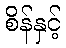
စိန်နှင့်